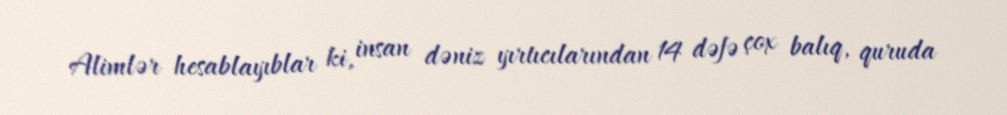
Alimlər hesablayıblar ki, insan dəniz yırtıcılarından 14 dəfə çox balıq, quruda